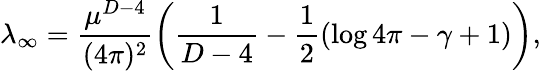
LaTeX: \lambda_{\infty}=\frac{\mu^{D-4}}{(4\pi)^{2}}\left(\frac{1}{D-4}-\frac{1}{2}\left(\log 4\pi-\gamma+1\right)\right),